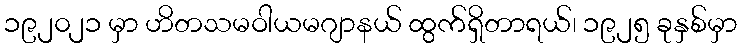
၁၉၂၀၂၁ မှာ ဟိတသမဝါယမဂျာနယ် ထွက်ရှိတာရယ်၊ ၁၉၂၅ ခုနှစ်မှာ